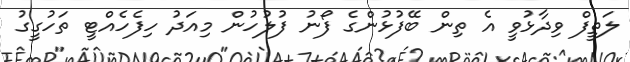
ލަތީފް ވިދާޅުވީ އެ ތިން ބޭފުޅުންގެ ފޯނު ފުލުހުން މިއަދު ހިފެހެއްޓީ ތަހުގީގު